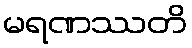
မရဏဿတိ